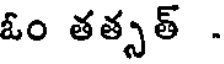
ఓం తత్సత్ .